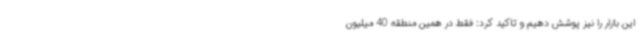
این بازار را نیز پوشش دهیم و تاکید کرد: فقط در همین منطقه 40 میلیون